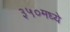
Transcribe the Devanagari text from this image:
३५०मध्ये